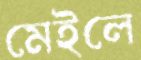
মেইলে